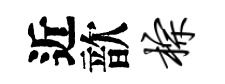
近歆棕